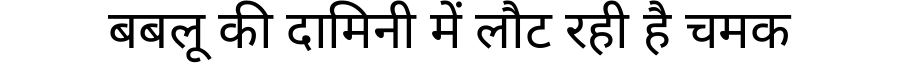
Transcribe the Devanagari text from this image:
बबलू की दामिनी में लौट रही है चमक